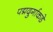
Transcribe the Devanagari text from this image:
पद्मदुर्गाकडे